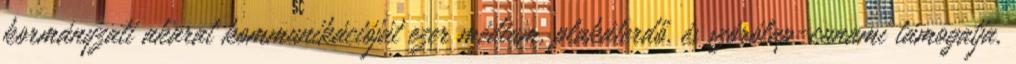
kormányzati akarat kommunikációját ezer médium, plakáterdő, és szórólap-cunami támogatja,